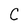
Character: C